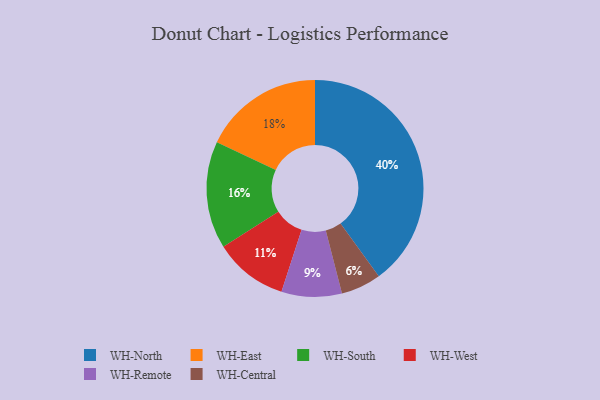
{"axis": {"x": "Category", "y": "Percentage"}, "legend": ["WH-Central", "WH-East", "WH-North", "WH-Remote", "WH-South", "WH-West"], "data": [{"x": "WH-West", "y": 11, "type": "WH-West"}, {"x": "WH-Central", "y": 6, "type": "WH-Central"}, {"x": "WH-East", "y": 18, "type": "WH-East"}, {"x": "WH-North", "y": 40, "type": "WH-North"}, {"x": "WH-Remote", "y": 9, "type": "WH-Remote"}, {"x": "WH-South", "y": 16, "type": "WH-South"}]}